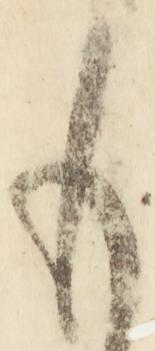
も